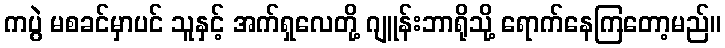
ကပွဲ မစခင်မှာပင် သူနှင့် အက်ရှလေတို့ ဂျူန်းဘာရိုသို့ ရောက်နေကြတော့မည်။